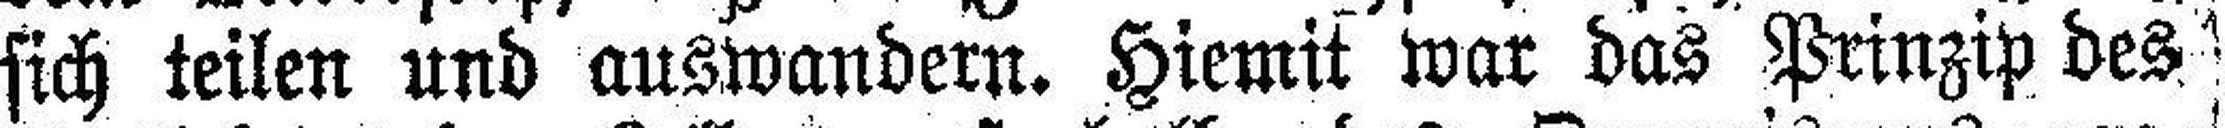
sich teilen und auswandern. Hiemit war das Prinzip des